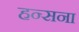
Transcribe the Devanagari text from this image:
हन्सना